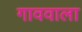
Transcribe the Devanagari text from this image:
गाववाला